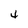
Character: 4